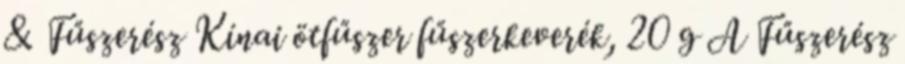
& Fűszerész Kínai ötfűszer fűszerkeverék, 20 g A Fűszerész